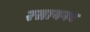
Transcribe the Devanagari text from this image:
रसायनच